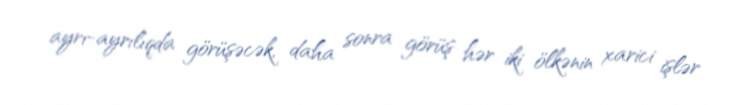
ayrı-ayrılıqda görüşəcək, daha sonra görüş hər iki ölkənin xarici işlər